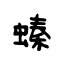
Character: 螓